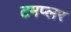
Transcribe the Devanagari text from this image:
टमप्लर